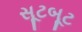
સૂટબૂટ